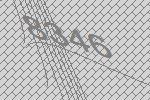
8346